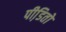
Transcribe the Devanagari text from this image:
पीडि़तो